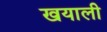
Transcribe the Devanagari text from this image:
खयाली